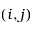
( i , j )